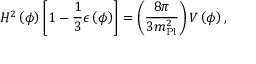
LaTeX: H ^ { 2 } \left( \phi \right) \left[ 1 - { \frac { 1 } { 3 } } \epsilon \left( \phi \right) \right] = \left( { \frac { 8 \pi } { 3 m _ { \mathrm { P l } } ^ { 2 } } } \right) V \left( \phi \right) ,